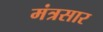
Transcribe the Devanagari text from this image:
मंत्रसार